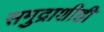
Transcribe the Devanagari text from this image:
समुद्राशीही